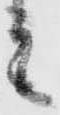
と